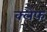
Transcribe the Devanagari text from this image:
क्लेफ